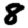
Digit: 8